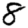
Digit: 8